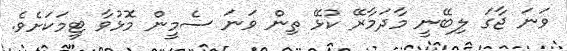
ވަނަ ޖާގަ ލިބޭނީ މާދަމާރޭ ކުޅޭ ތިން ވަނަ ސެމީން މޮޅުވާ ޓީމަކަށެވެ.